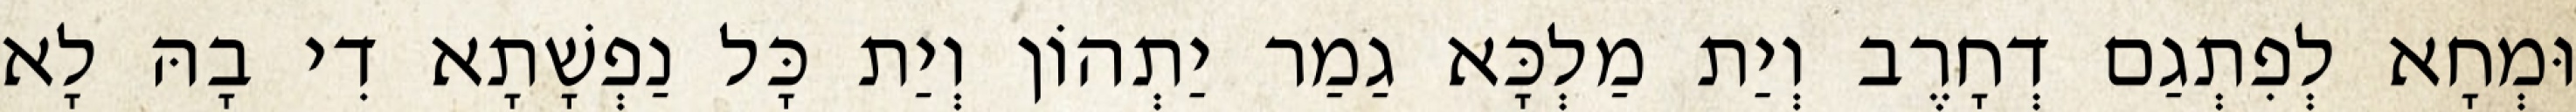
וּמְחָא לְפִתְגַם דְחָרֶב וְיַת מַלְכָּא גַמַר יַתְהוֹן וְיַת כָּל נַפְשָׁתָא דִי בָהּ לָא